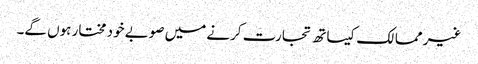
غیر ممالک کیساتھ تجارت کرنے میں صوبے خود مختار ہوں گے۔